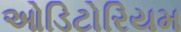
ઓડિટોરિયમ